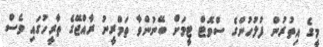
މީގެ އިތުރުން ފުލުހުންގެ ސްވޮޓް ޓީމަށް ބޭނުންވާ ތަމްރީނު ރާއްޖޭގެ ތާރީހުގައި ވެސް